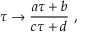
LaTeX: \tau \rightarrow { \frac { a \tau + b } { c \tau + d } } \ ,